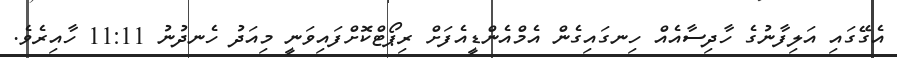
އެގޭގައި އަލިފާނުގެ ހާދިސާއެއް ހިނގައިގެން އެމްއެންޑީއެފަށް ރިޕޯޓްކޮށްފައިވަނީ މިއަދު ހެނދުނު 11:11 ހާއިރެވެ.